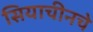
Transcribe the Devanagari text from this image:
सियाचीनचे